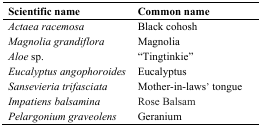
<table><thead><tr><td><b>Scientific name</b></td><td><b>Common name</b></td></tr></thead><tbody><tr><td><i>Actaea racemosa</i></td><td>Black cohosh</td></tr><tr><td><i>Magnolia grandiflora</i></td><td>Magnolia </td></tr><tr><td><i>Aloe sp.</i></td><td>“Tingtinkie”</td></tr><tr><td><i>Eucalyptus</i><i>angophoroides</i></td><td>Eucalyptus</td></tr><tr><td><i>Sansevieria trifasciata</i></td><td>Mother-in-laws’ tongue</td></tr><tr><td><i>Impatiens balsamina</i></td><td>Rose Balsam</td></tr><tr><td><i>Pelargonium graveolens</i></td><td>Geranium</td></tr></tbody></table>